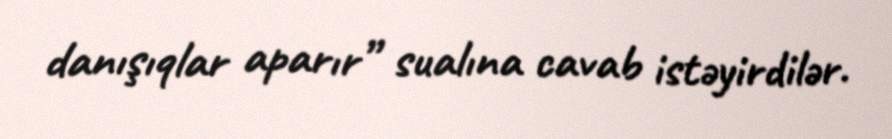
danışıqlar aparır” sualına cavab istəyirdilər.